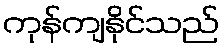
ကုန်ကျနိုင်သည်